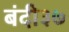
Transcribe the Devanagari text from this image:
बंदी३७